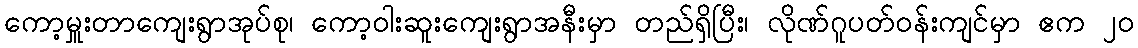
ကော့မှူးတာကျေးရွာအုပ်စု၊ ကော့ဝါးဆူးကျေးရွာအနီးမှာ တည်ရှိပြီး၊ လိုဏ်ဂူပတ်ဝန်းကျင်မှာ ဧက ၂၀